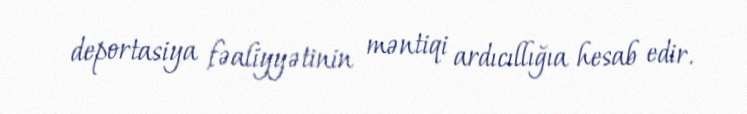
deportasiya fəaliyyətinin məntiqi ardıcıllığıa hesab edir.